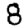
Digit: 8